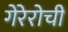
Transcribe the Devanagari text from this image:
गेरेरोची